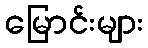
မြောင်းများ